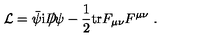
{ \cal L } = \bar { \psi } \mathrm { i } D \! \! \! \! / \psi - \frac { 1 } { 2 } \mathrm { t r } F _ { \mu \nu } F ^ { \mu \nu } \ .